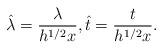
LaTeX: \begin{align*}\hat{\lambda} = \frac{\lambda}{h^{1/2}x}, \hat{t} = \frac{t}{h^{1/2}x}.\end{align*}